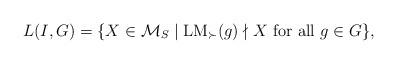
LaTeX: \begin{align*}L (I, G) = \{ X \in \mathcal{M}_S \mid \mathrm{LM}_{\succ} (g) \nmid X \mbox{ for all } g \in G \} ,\end{align*}